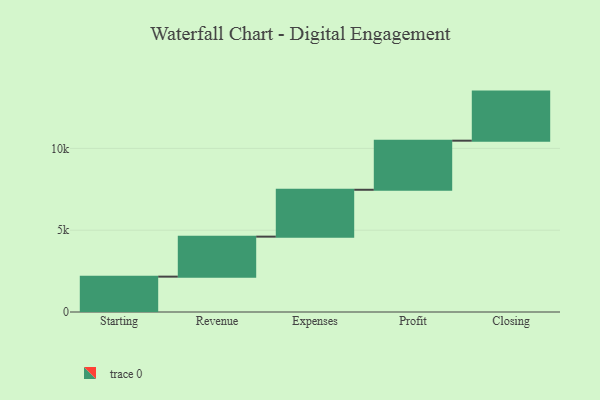
{"axis": {"x": "Step", "y": "Value"}, "legend": [""], "data": [{"x": "Starting", "y": 2161.0, "type": ""}, {"x": "Revenue", "y": 2445.0, "type": ""}, {"x": "Expenses", "y": 2865.0, "type": ""}, {"x": "Profit", "y": 3000, "type": ""}, {"x": "Closing", "y": 3000, "type": ""}]}